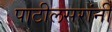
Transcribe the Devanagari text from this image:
पाटीलसरांनी